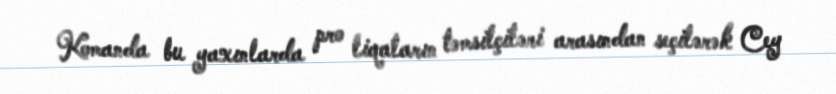
Komanda bu yaxınlarda pro liqaların təmsilçiləri arasından seçilərək Cey